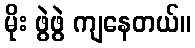
မိုး ဖွဲဖွဲ ကျနေတယ်။